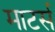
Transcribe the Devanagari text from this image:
माटर्स